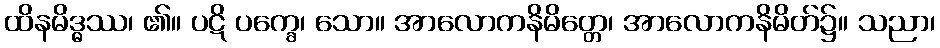
ထိနမိဒ္ဓဿ၊ ၏။ ပဋိ ပက္ခေ၊ သော။ အာလောကနိမိတ္တေ၊ အာလောကနိမိတ်၌။ သညာ၊